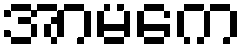
အာမကေ